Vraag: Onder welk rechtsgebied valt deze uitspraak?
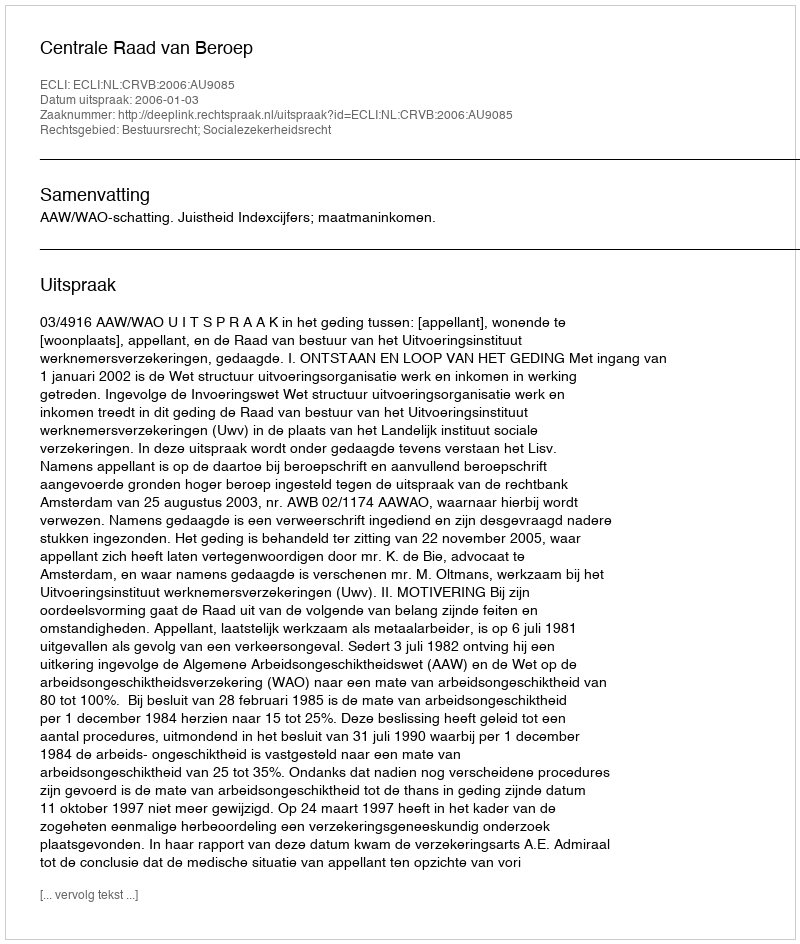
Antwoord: Bestuursrecht; Socialezekerheidsrecht